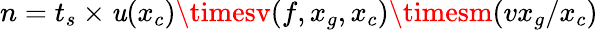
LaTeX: n=t_{s}\times\mathit{u}(x_{c})\timesv(f,x_{g},x_{c})\timesm(vx_{g}/x_{c})